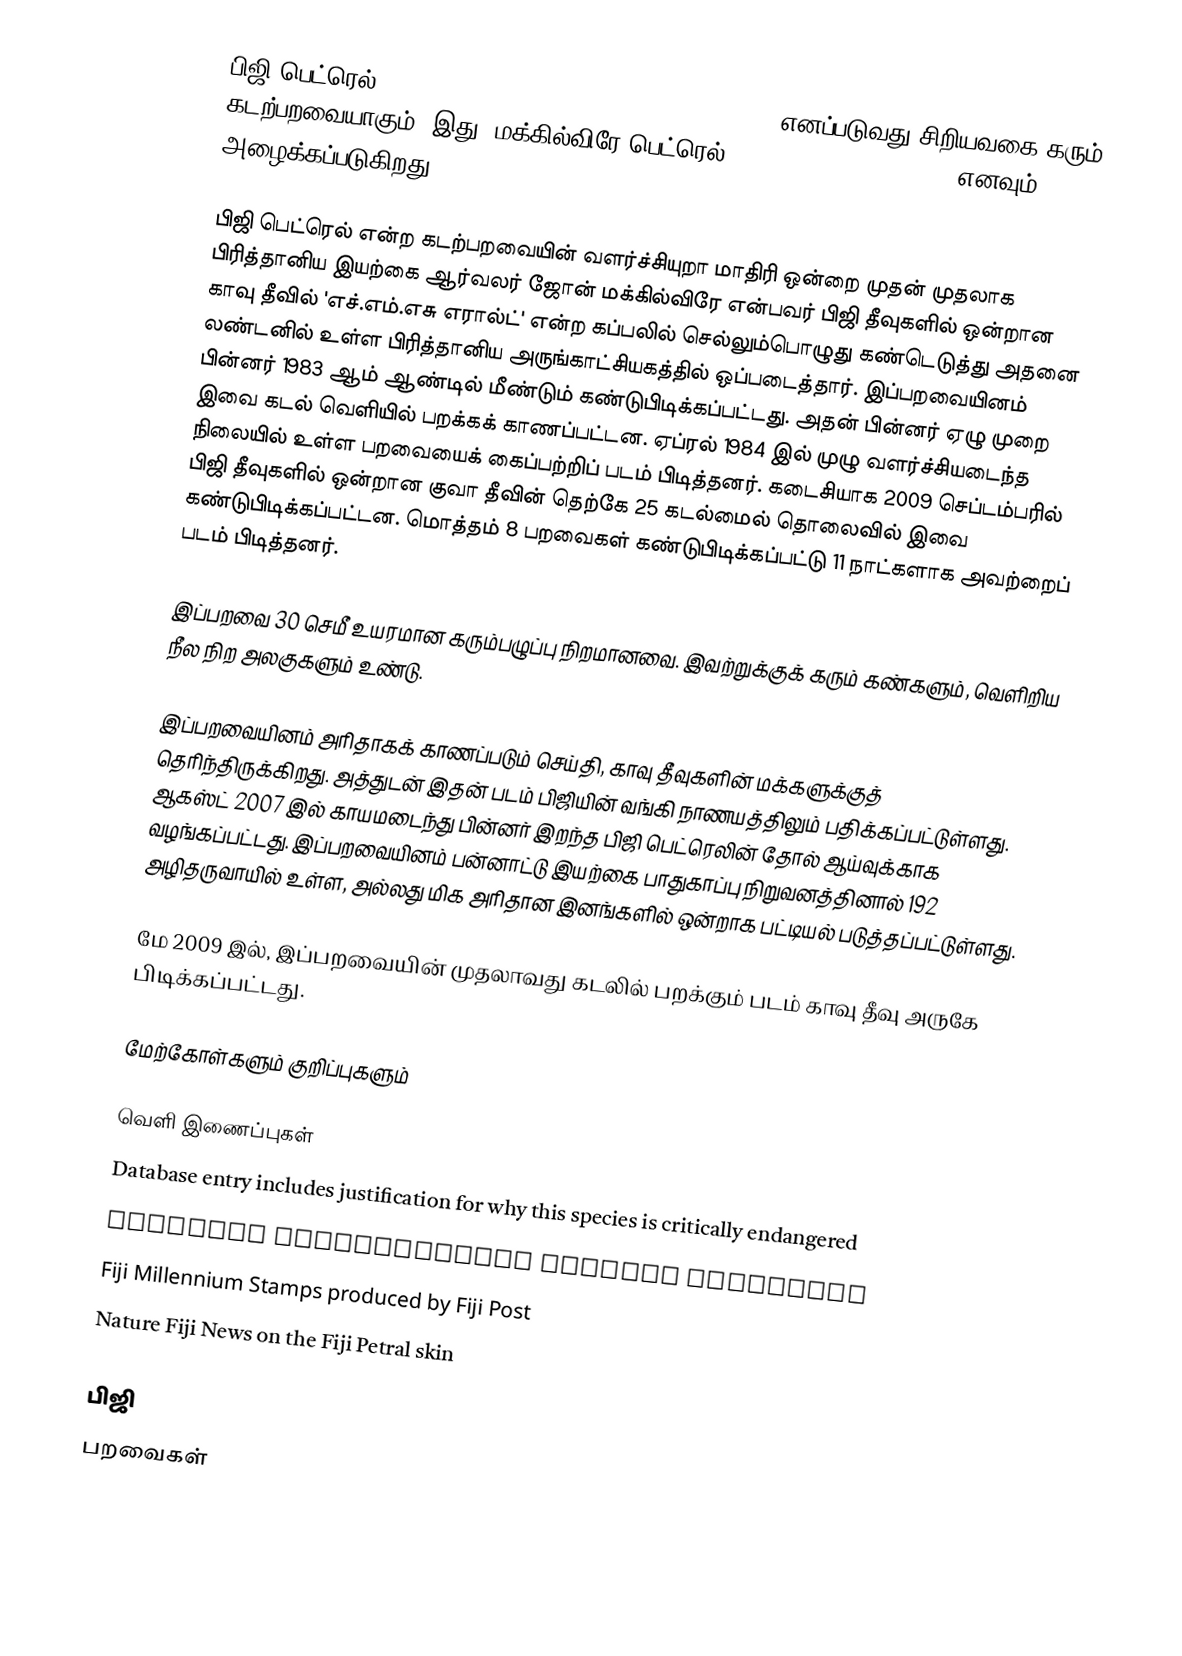
பிஜி பெட்ரெல் (Fiji Petrel, Pseudobulweria macgillivrayi) எனப்படுவது சிறியவகை கரும் கடற்பறவையாகும். இது ”மக்கில்விரே பெட்ரெல்” (MacGillivray's Petrel) எனவும் அழைக்கப்படுகிறது.

பிஜி பெட்ரெல் என்ற கடற்பறவையின் வளர்ச்சியுறா மாதிரி ஒன்றை முதன் முதலாக பிரித்தானிய இயற்கை ஆர்வலர் ஜோன் மக்கில்விரே என்பவர் பிஜி தீவுகளில் ஒன்றான காவு தீவில் 'எச்.எம்.எசு எரால்ட்' என்ற கப்பலில் செல்லும்பொழுது கண்டெடுத்து அதனை லண்டனில் உள்ள பிரித்தானிய அருங்காட்சியகத்தில் ஒப்படைத்தார். இப்பறவையினம் பின்னர் 1983 ஆம் ஆண்டில் மீண்டும் கண்டுபிடிக்கப்பட்டது. அதன் பின்னர் ஏழு முறை இவை கடல் வெளியில் பறக்கக் காணப்பட்டன. ஏப்ரல் 1984 இல் முழு வளர்ச்சியடைந்த நிலையில் உள்ள பறவையைக் கைப்பற்றிப் படம் பிடித்தனர். கடைசியாக 2009 செப்டம்பரில் பிஜி தீவுகளில் ஒன்றான குவா தீவின் தெற்கே 25 கடல்மைல் தொலைவில் இவை கண்டுபிடிக்கப்பட்டன. மொத்தம் 8 பறவைகள் கண்டுபிடிக்கப்பட்டு 11 நாட்களாக அவற்றைப் படம் பிடித்தனர்.

இப்பறவை 30 செமீ உயரமான கரும்பழுப்பு நிறமானவை. இவற்றுக்குக் கரும் கண்களும், வெளிறிய நீல நிற அலகுகளும் உண்டு.

இப்பறவையினம் அரிதாகக் காணப்படும் செய்தி, காவு தீவுகளின் மக்களுக்குத் தெரிந்திருக்கிறது. அத்துடன் இதன் படம் பிஜியின் வங்கி நாணயத்திலும் பதிக்கப்பட்டுள்ளது. ஆகஸ்ட் 2007 இல் காயமடைந்து பின்னர் இறந்த பிஜி பெட்ரெலின் தோல் ஆய்வுக்காக வழங்கப்பட்டது. இப்பறவையினம் பன்னாட்டு இயற்கை பாதுகாப்பு நிறுவனத்தினால் 192 அழிதருவாயில் உள்ள, அல்லது மிக அரிதான இனங்களில் ஒன்றாக பட்டியல் படுத்தப்பட்டுள்ளது.

மே 2009 இல், இப்பறவையின் முதலாவது கடலில் பறக்கும் படம் காவு தீவு அருகே பிடிக்கப்பட்டது.

மேற்கோள்களும் குறிப்புகளும்

வெளி இணைப்புகள்
  Database entry includes justification for why this species is critically endangered
 BirdLife International Species Factsheet
 Fiji Millennium Stamps produced by Fiji Post
 Nature Fiji News on the Fiji Petral skin

பிஜி
பறவைகள்